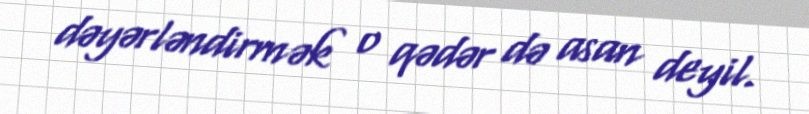
dəyərləndirmək o qədər də asan deyil.